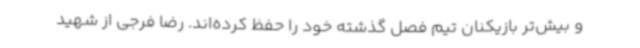
و بیش‌تر بازیکنان تیم فصل گذشته خود را حفظ کرده‌اند. رضا فرجی از شهید